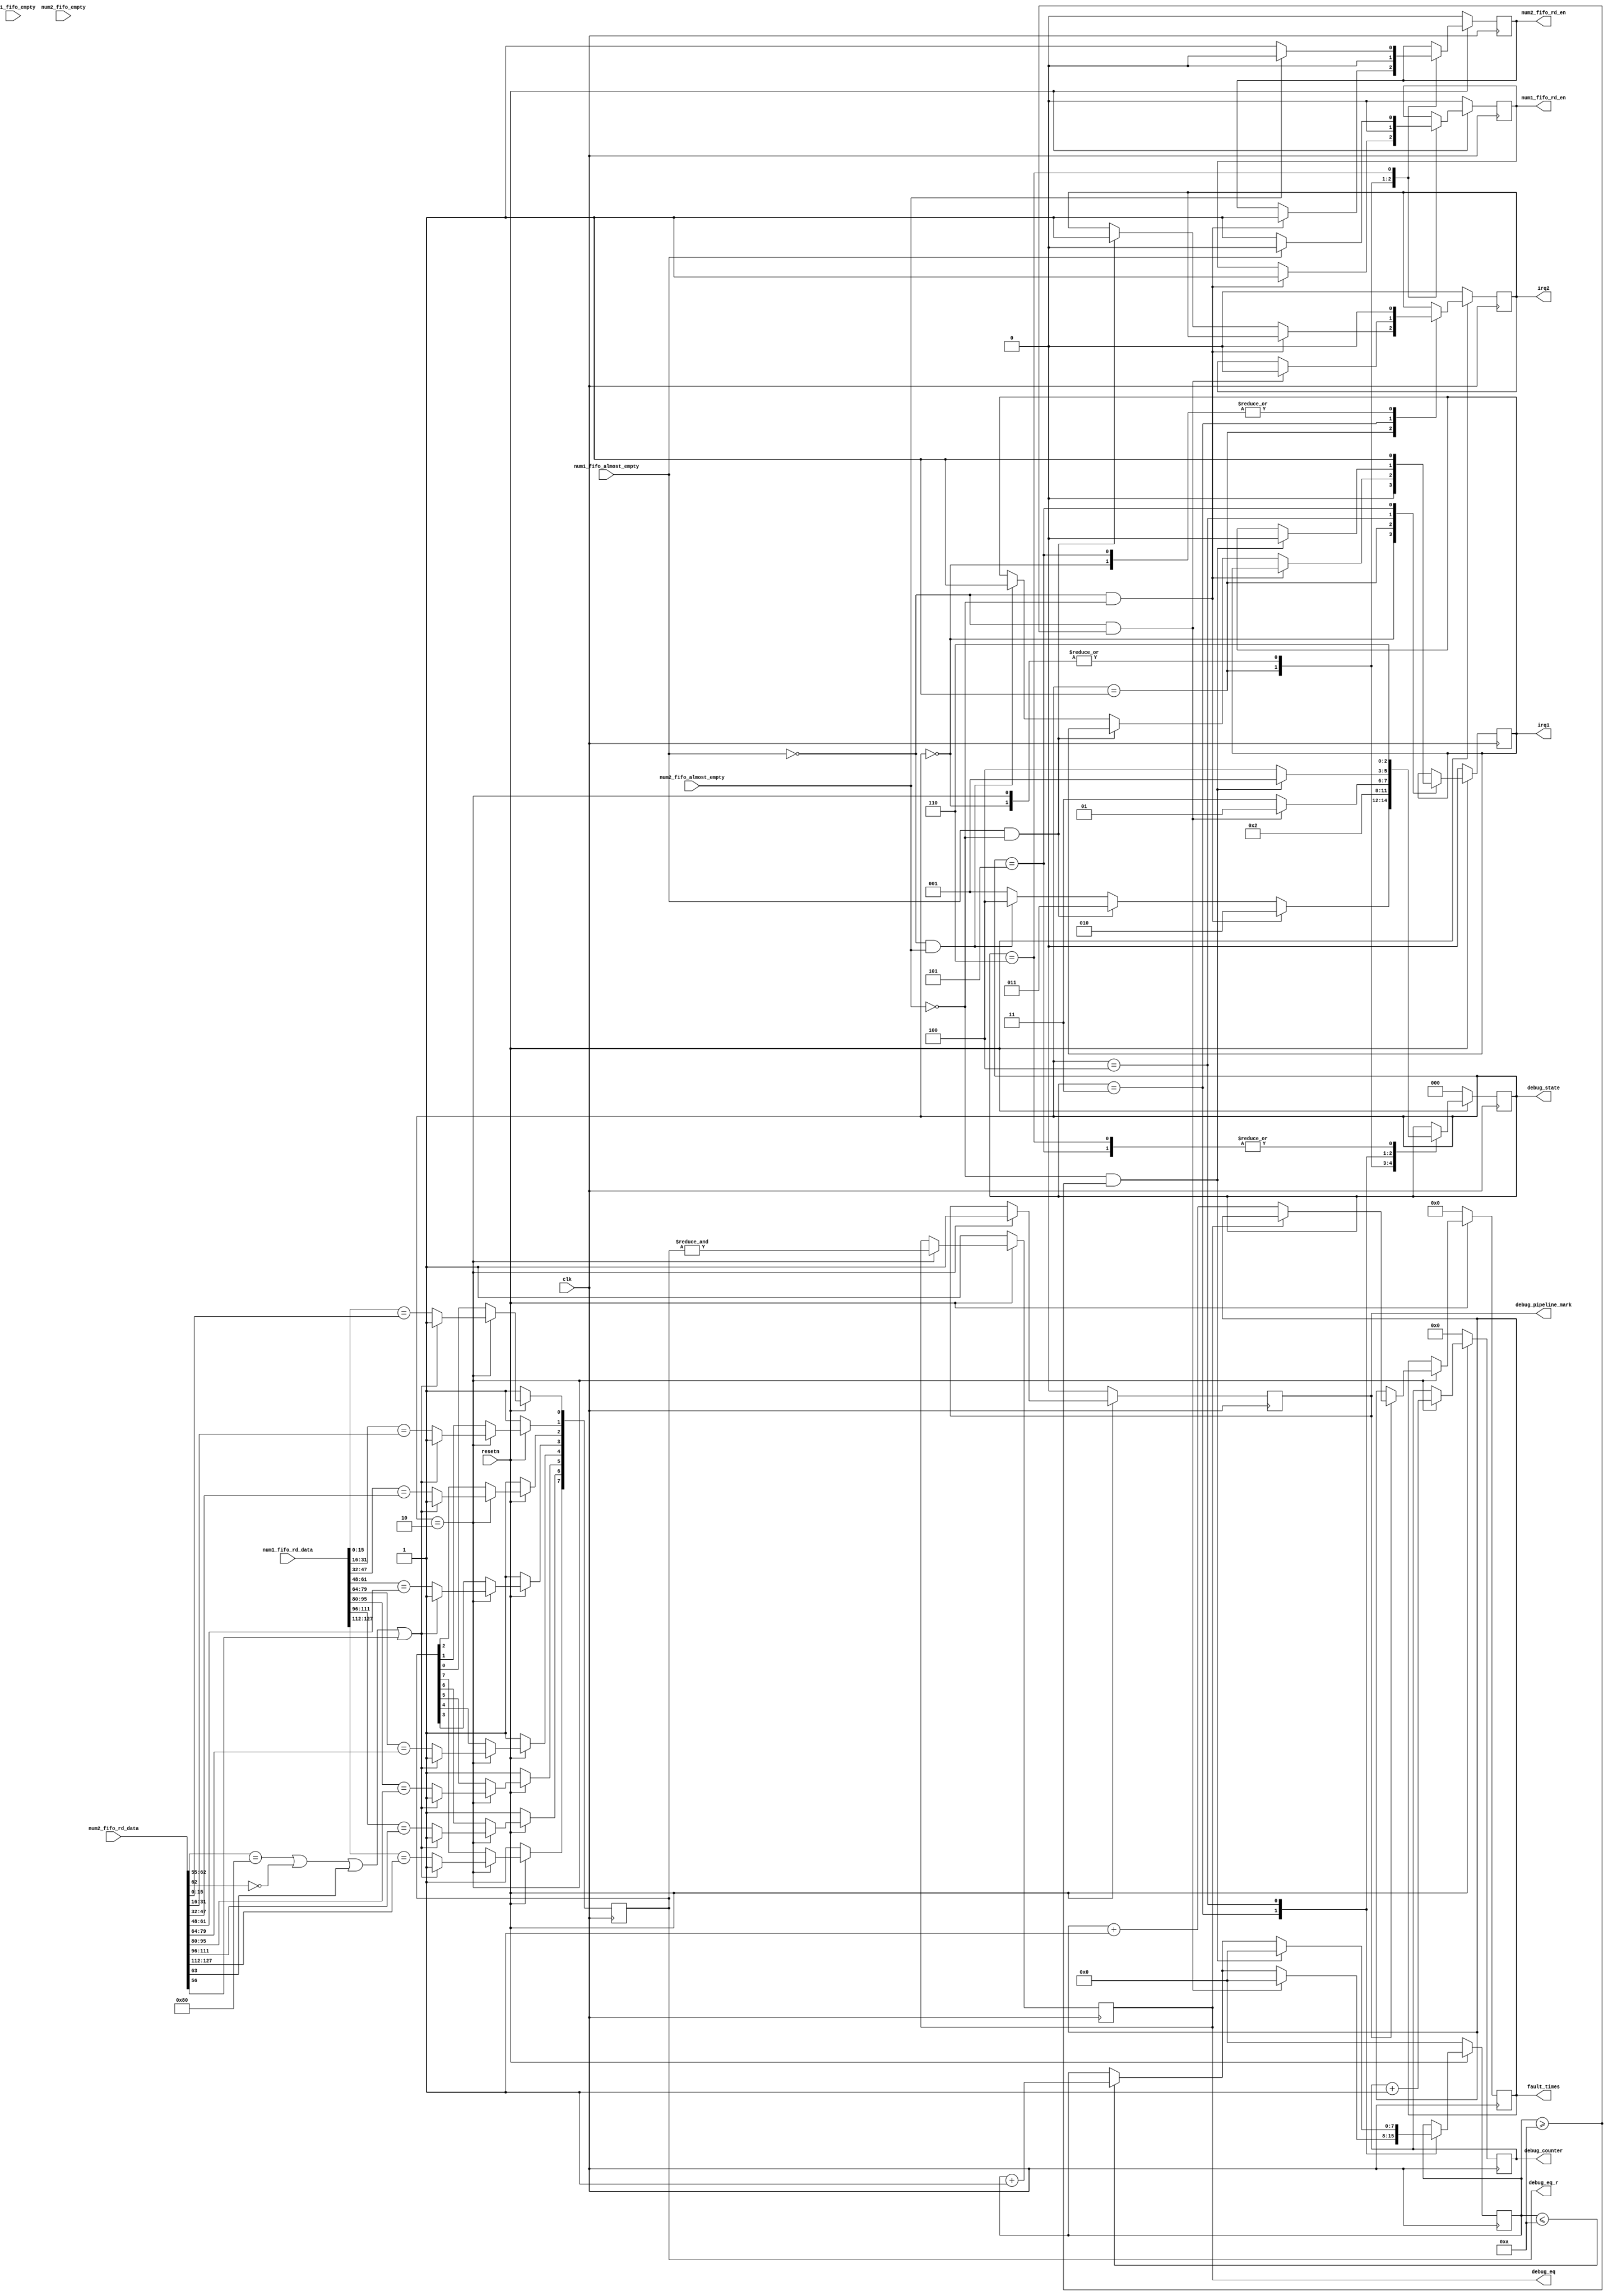
`timescale 1ns / 1ps
//////////////////////////////////////////////////////////////////////////////////
// Company: 
// Engineer: 
// 
// Design Name: 
// Module Name: difftest_v1
// Project Name: 
// Target Devices: 
// Tool Versions: 
// Description: 
// 
// Dependencies: 
// 
// Revision:
// Revision 0.01 - File Created
// Additional Comments:
// 
//////////////////////////////////////////////////////////////////////////////////


module difftest_v1(

 (* X_INTERFACE_INFO = "xilinx.com:interface:fifo_read:1.0 FIFO_READ_1 ALMOST_EMPTY" *) input   [0:0]     num1_fifo_almost_empty,
 (* X_INTERFACE_INFO = "xilinx.com:interface:fifo_read:1.0 FIFO_READ_1 EMPTY" *)        input   [0:0]     num1_fifo_empty,
 (* X_INTERFACE_INFO = "xilinx.com:interface:fifo_read:1.0 FIFO_READ_1 RD_DATA" *)      input   [127:0]   num1_fifo_rd_data,
 (* X_INTERFACE_INFO = "xilinx.com:interface:fifo_read:1.0 FIFO_READ_1 RD_EN" *)        output  [0:0]     num1_fifo_rd_en,
 (* X_INTERFACE_INFO = "xilinx.com:interface:fifo_read:1.0 FIFO_READ_2 ALMOST_EMPTY" *) input   [0:0]     num2_fifo_almost_empty,
 (* X_INTERFACE_INFO = "xilinx.com:interface:fifo_read:1.0 FIFO_READ_2 EMPTY" *)        input   [0:0]     num2_fifo_empty,
 (* X_INTERFACE_INFO = "xilinx.com:interface:fifo_read:1.0 FIFO_READ_2 RD_DATA" *)      input   [127:0]   num2_fifo_rd_data,
 (* X_INTERFACE_INFO = "xilinx.com:interface:fifo_read:1.0 FIFO_READ_2 RD_EN" *)        output  [0:0]     num2_fifo_rd_en,
 input      [0:0]           clk,
 input      [0:0]           resetn,
 //input      [0:0]           dequeue,
 output     [0:0]           irq1,               //Used to interrupt the EMU on the PS side
 output     [0:0]           irq2,               //Used to interrupt the DUT on the PL side
 //output     [0:0]           right,
 output     [9:0]           fault_times,
 //debug
 output     [2:0]           debug_state,
 output     [63:0]          debug_counter,     
 output     [8-1:0]         debug_eq_r,
 output                     debug_eq,
 output                     debug_pipeline_mark       
    );
    reg     [0:0]       reg_num1_fifo_rd_en;
    reg     [0:0]       reg_num2_fifo_rd_en;
    reg     [0:0]       reg_irq1;
    reg     [0:0]       reg_irq2;
    //reg     [0:0]       reg_right;
    reg     [9:0]       reg_fault_times;
    reg     [63:0]      reg_debug_counter;
    
    assign num1_fifo_rd_en = reg_num1_fifo_rd_en;
    assign num2_fifo_rd_en = reg_num2_fifo_rd_en;
    assign irq1 = reg_irq1;
    assign irq2 = reg_irq2;
    //assign right = reg_right;
    assign fault_times = reg_fault_times;
    assign debug_counter = reg_debug_counter;
    
    
    reg     [2:0]       state = 0;
    //debug
    assign debug_state = state;
    //
    parameter   N = 8;                          //N is 8, which means eight comparators are used
    reg [N-1:0] eq_r;
    reg         eq;
    reg         pipeline_mark = 0;
    reg [7:0]   irq_counter = 0;
    //debug
    assign debug_eq_r = eq_r;
    assign debug_eq = eq;
    assign debug_pipeline_mark = pipeline_mark;
    
    always@(posedge clk)begin
        if(!resetn) begin
            reg_num1_fifo_rd_en <= 0;
            reg_num2_fifo_rd_en <= 0;
            reg_irq1 <= 0;
            reg_irq2 <= 0;
            //reg_right <= 1;
            reg_fault_times <= 0;
            pipeline_mark <= 0;
            eq_r <= 8'b1111_1111;
            eq <= 1;
            reg_debug_counter <= 0;
            irq_counter <= 0;
            state <= 0;
            
        end
        else begin
            case(state)
            //Status 0, preparation phase
            0:begin             
                reg_irq1 <= 0;
                reg_irq2 <= 0;
                reg_num1_fifo_rd_en <= 0;
                reg_num2_fifo_rd_en <= 0;
                state <= 1;
            end
            //State 1 is the data retrieval stage
            1:begin    
                 // If the FIFO on the DUT and EMU is not empty, enter State 2 for comparison         
                if(!num1_fifo_almost_empty && !num2_fifo_almost_empty)begin        
                    reg_num1_fifo_rd_en <= 1;
                    reg_num2_fifo_rd_en <= 1;
                    state <= 2;
                end
                //If the EMU side FIFO is empty and the DUT side FIFO is not empty, interrupt the DUT
                else if (num1_fifo_almost_empty && !num2_fifo_almost_empty)begin    
                   reg_irq2 <=  1;
                   state <= 3;
                end
                //If the DUT side FIFO is empty and the EMU side FIFO is not empty, interrupt the EMU
                else if (!num1_fifo_almost_empty && num2_fifo_almost_empty)begin    
                    reg_irq1 <= 1;
                    state <= 4;
                end
                //All empty, wait
                else begin          
                    state <= 1;
                end
            end
            //Status 2: N-way pipeline comparison
            2:begin         
                reg_debug_counter <= reg_debug_counter + 1;
                reg_num1_fifo_rd_en <= 0;
                reg_num2_fifo_rd_en <= 0;
                //FIFO_DATA TYPE:
                //[127:64]       [63]       [62]        [61:57]         [56]         [55:40]         [39:0]
                //destregdata    ismmio     wenable     destreg         isdelayed    0               pc
                if((num2_fifo_rd_data[62:55] == {8'h80}) ||(num2_fifo_rd_data[62] == 0)||(num2_fifo_rd_data[63] == 1) || (num2_fifo_rd_data[56] == 1))begin
                    eq_r <= 8'hff;
                end
                else begin
                    eq_r[0] <= ( num1_fifo_rd_data[128/N*0 +:128/N] == num2_fifo_rd_data[128/N*0 +:128/N] );
                    eq_r[1] <= ( num1_fifo_rd_data[128/N*1 +:128/N] == num2_fifo_rd_data[128/N*1 +:128/N] );
                    eq_r[2] <= ( num1_fifo_rd_data[128/N*2 +:128/N] == num2_fifo_rd_data[128/N*2 +:128/N] );
                    eq_r[3] <= ( num1_fifo_rd_data[128/N*3 +:(128/N-2)] == num2_fifo_rd_data[128/N*3 +:(128/N-2)] );
                    eq_r[4] <= ( num1_fifo_rd_data[128/N*4 +:128/N] == num2_fifo_rd_data[128/N*4 +:128/N] );
                    eq_r[5] <= ( num1_fifo_rd_data[128/N*5 +:128/N] == num2_fifo_rd_data[128/N*5 +:128/N] );
                    eq_r[6] <= ( num1_fifo_rd_data[128/N*6 +:128/N] == num2_fifo_rd_data[128/N*6 +:128/N] );
                    eq_r[7] <= ( num1_fifo_rd_data[128/N*7 +:128/N] == num2_fifo_rd_data[128/N*7 +:128/N] );
                end   
                eq <= &eq_r;
                if(!pipeline_mark)begin
                    pipeline_mark <= 1;
                    state <= 1;
                end
                else begin
                    if(eq)begin
                        //reg_right <= 1;
                        state <= 1;
                    end
                    //to wrong state 
                    else begin
                        reg_fault_times <= reg_fault_times + 1;
                        //state <= 5; 
                        state <= 1;
                    end
                end   
            end
            //State 3, interrupt the DUT until the FIFO on the DUT side is not empty, and the interrupt lasts for at least 10 cycles to avoid frequent interrupts
            3:begin                 
                if(!num1_fifo_almost_empty && irq_counter >= 10) begin
                    reg_irq2 <= 0;
                    irq_counter <= 0;
                    state <= 1;
                end
                else begin
                    if(irq_counter <= 10)begin
                        irq_counter <= irq_counter + 1;
                    end
                    else;
                    state <= 3;
                end
            end
            //State 4, interrupt the EMU until the FIFO on the EMU side is not empty, and the interrupt lasts for at least 10 cycles to avoid frequent interrupts
            4:begin                 
                if(!num2_fifo_almost_empty && irq_counter >= 10) begin
                    reg_irq1 <= 0;
                    irq_counter <= 0;
                    state <= 1;
                end
                else begin
                    if(irq_counter <= 10)begin
                        irq_counter <= irq_counter + 1;
                    end
                    else;
                    state <= 4;
                end
            end
            //Status 5. Error is found in CPU status comparison between DUT and EMU, indicating DUT execution error. Set the right signal to 0
            5:begin
               reg_irq1 <= 1;
               //debug :wrong then run nutshell to avoid stall
               reg_irq2 <= 0;
               //reg_irq2 <= 1;
               //reg_right <= 0;
               state <= 6;     
            end
            //Status 6: In order to avoid the bus stuck problem caused by full FIFO, the FIFO is always read after an error occurs
            6:begin                 //debug always read 2
                //reg_right <= 0;
                if(!num1_fifo_almost_empty)begin
                    reg_num1_fifo_rd_en <= 1;
                end
                else begin
                    reg_num1_fifo_rd_en <= 0;
                end
                if(!num2_fifo_almost_empty)begin
                    reg_num2_fifo_rd_en <= 1;
                end
                else begin
                    reg_num2_fifo_rd_en <= 0;
                end
                state <= 6;
            end
         
            
            endcase
        end
    end
    
endmodule